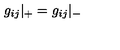
g _ { i j } { \vert } _ { + } = g _ { i j } { \vert } _ { - }